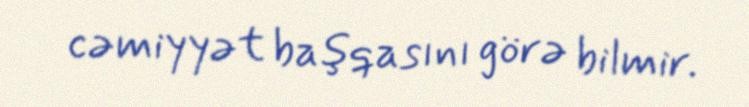
cəmiyyət başqasını görə bilmir.